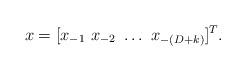
LaTeX: \begin{align*}x= [x_{-1} \ x_{-2} \ \ldots \ x_{-(D+k)} ]^T.\end{align*}